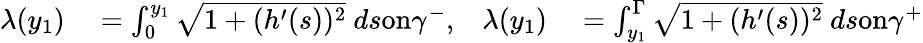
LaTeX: \begin{array}{rlrl}{\lambda(y_{1})}&{{}=\int_{0}^{y_{1}}\sqrt{1+(h^{\prime}(s))^{2}}\ ds\textnormal{on}\gamma^{-},}&{\lambda(y_{1})}&{{}=\int_{y_{1}}^{\Gamma}\sqrt{1+(h^{\prime}(s))^{2}}\ ds\textnormal{on}\gamma^{+}}\end{array}